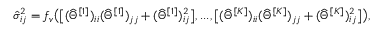
\begin{array} { r } { \hat { \sigma } _ { i j } ^ { 2 } = f _ { v } \big ( \big [ ( \widehat { \Theta } ^ { [ 1 ] } ) _ { i i } ( \widehat { \Theta } ^ { [ 1 ] } ) _ { j j } + ( \widehat { \Theta } ^ { [ 1 ] } ) _ { i j } ^ { 2 } \big ] , . . . , \big [ ( \widehat { \Theta } ^ { [ K ] } ) _ { i i } ( \widehat { \Theta } ^ { [ K ] } ) _ { j j } + ( \widehat { \Theta } ^ { [ K ] } ) _ { i j } ^ { 2 } \big ] \big ) , } \end{array}